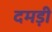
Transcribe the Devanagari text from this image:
दमड़ी